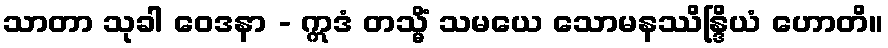
သာတာ သုခါ ဝေဒနာ - ဣဒံ တသ္မိံ သမယေ သောမနဿိန္ဒြိယံ ဟောတိ။